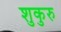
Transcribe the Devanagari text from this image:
शुकुरु